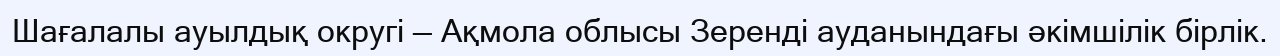
Шағалалы ауылдық округi — Ақмола облысы Зеренді ауданындағы әкімшілік бірлік.